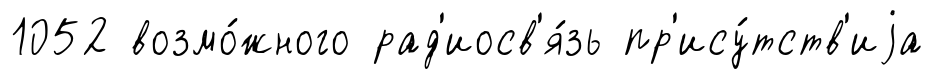
1052 возмо́жного рад'иосв'я́зь пр'ису́тств'иjа